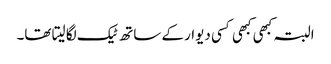
البتہ کبھی کبھی کسی دیوار کے ساتھ ٹیک لگا لیتا تھا۔